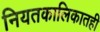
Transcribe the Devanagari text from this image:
नियतकालिकातही